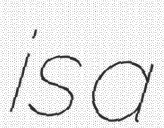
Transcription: is a